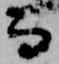
而